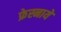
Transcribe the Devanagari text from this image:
फ्रेस्नाये